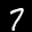
Label: 7